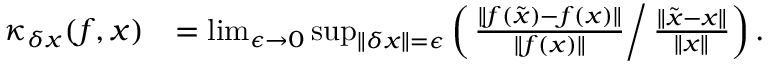
\begin{array} { r l } { \kappa _ { \delta \boldsymbol { x } } ( \boldsymbol { f } , \boldsymbol { x } ) } & { = \operatorname* { l i m } _ { \epsilon \rightarrow 0 } \operatorname* { s u p } _ { \Vert \delta \boldsymbol { x } \Vert = \epsilon } \left( \left. \frac { \Vert \boldsymbol { f } ( \tilde { \boldsymbol { x } } ) - \boldsymbol { f } ( \boldsymbol { x } ) \Vert } { \Vert \boldsymbol { f } ( \boldsymbol { x } ) \Vert } \right/ \frac { \Vert \tilde { \boldsymbol { x } } - \boldsymbol { x } \Vert } { \Vert \boldsymbol { x } \Vert } \right) . } \end{array}